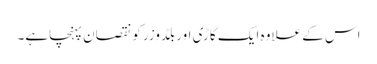
اس کے علاوہ ایک گاڑی اور بلڈوزر کو نقصان پہنچاہے۔